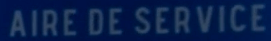
AIRE DE SERVICE